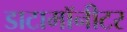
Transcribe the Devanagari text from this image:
डाटामॉनीटर